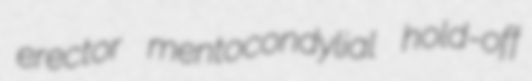
erector mentocondylial hold-off